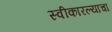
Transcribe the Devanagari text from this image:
स्वीकारल्याचा